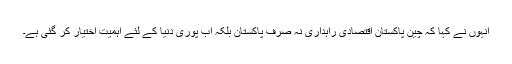
انہوں نے کہا کہ چین پاکستان اقتصادی راہداری نہ صرف پاکستان بلکہ اب پوری دنیا کے لئے اہمیت اختیار کر گئی ہے۔